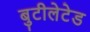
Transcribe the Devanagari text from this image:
बुटीलेटेड